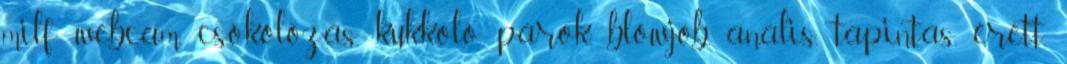
milf webcam, csókolózás, kukkoló, párok, blowjob, anális, tapintás, érett,